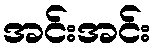
အင်းအင်း